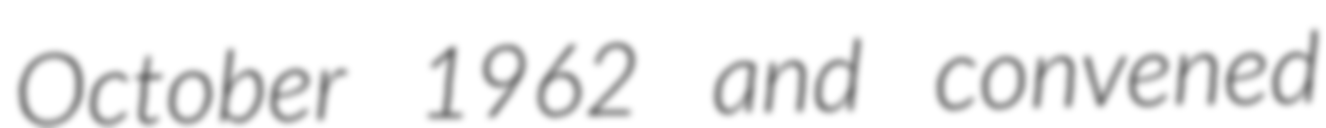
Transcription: October 1962 and convened